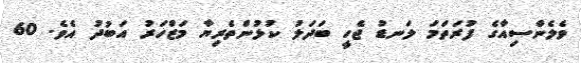
ވެލެންސިއާގެ ފުރަތަމަ ލަނޑު ޖެހީ ބަދަލު ކުޅުންތެރިޔާ މަޒްހަރު އަބުދު އެވެ. 60